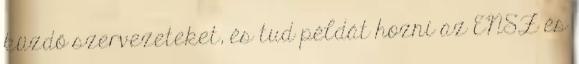
küzdő szervezeteket, és tud példát hozni az ENSZ és